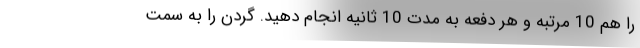
را هم 10 مرتبه و هر دفعه به مدت 10 ثانیه انجام دهید. گردن را به سمت